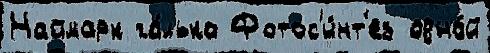
Наймарк га́лька Фотос'и́нт'ез одно́й